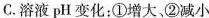
C.溶液pH变化：①增大、②减小